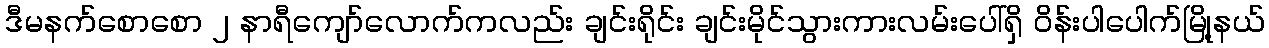
ဒီမနက်စောစော ၂ နာရီကျော်လောက်ကလည်း ချင်းရိုင်း ချင်းမိုင်သွားကားလမ်းပေါ်ရှိ ဝိန်းပါပေါက်မြို့နယ်